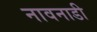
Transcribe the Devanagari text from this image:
नावनाडी